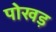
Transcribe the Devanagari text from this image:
पोखड़